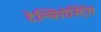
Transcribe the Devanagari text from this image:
टेन्यिरोस्ट्रिस